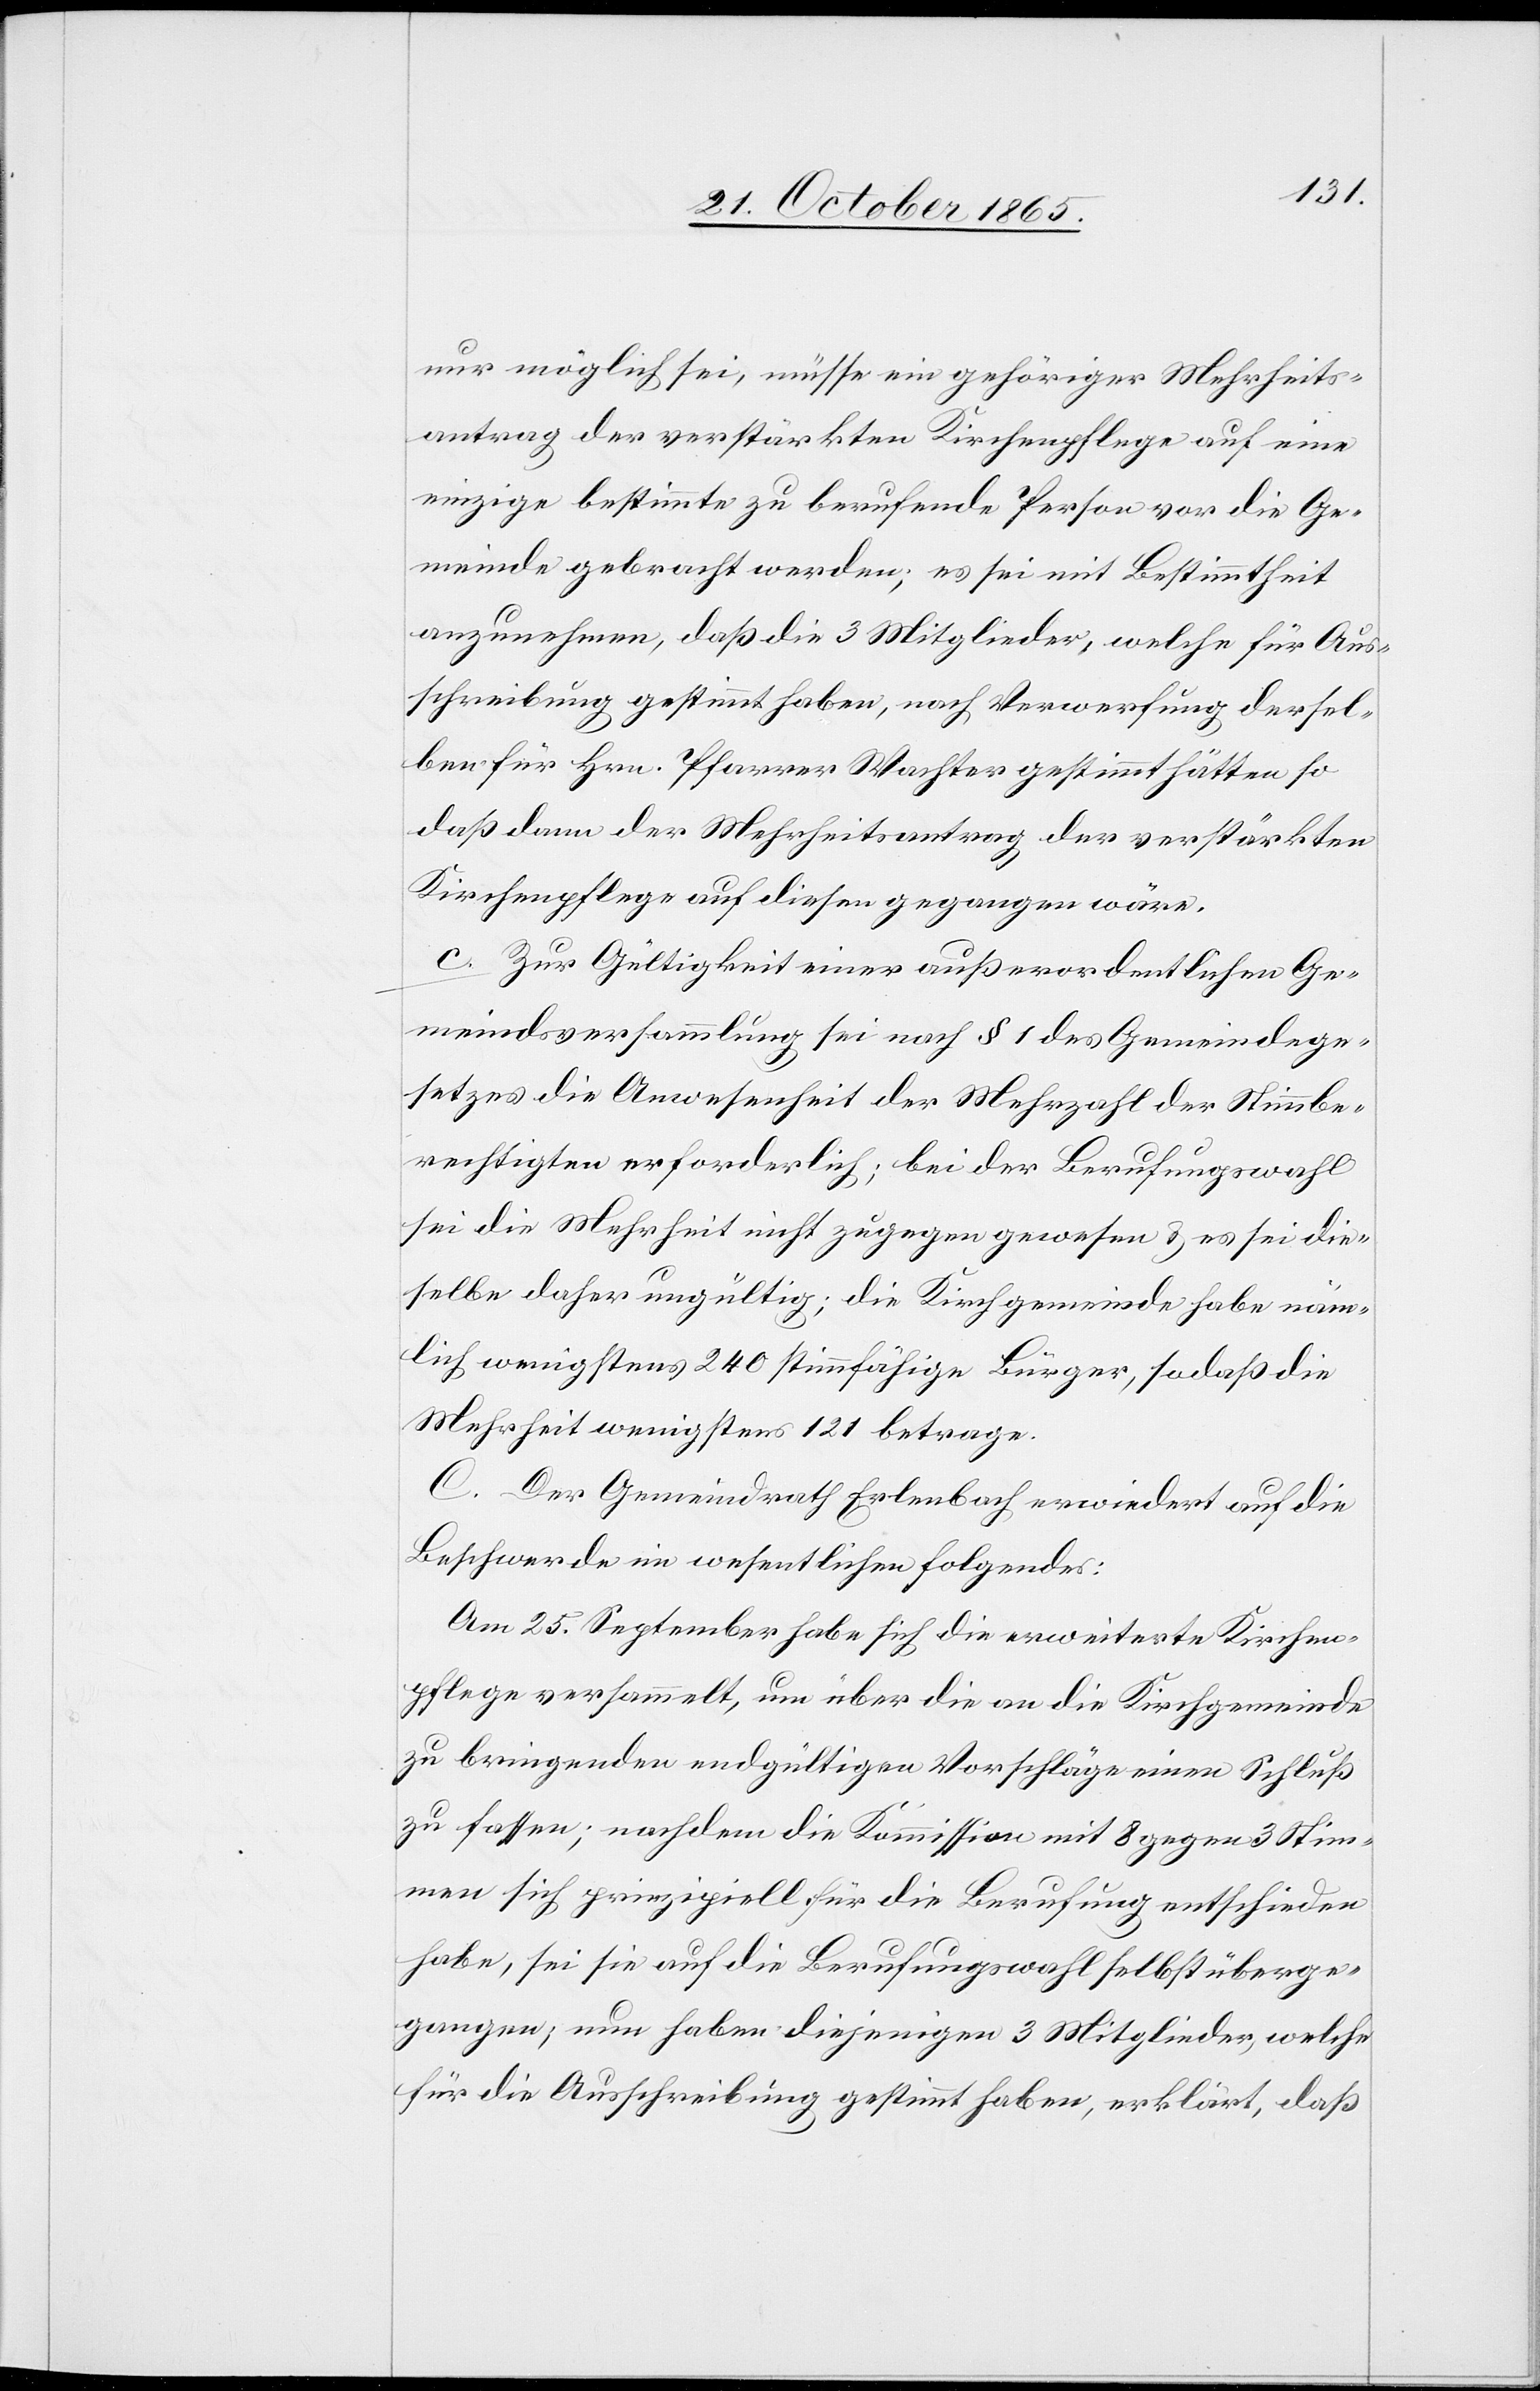
nur möglich sei, müsse ein gehöriger Mehrheits¬
antrag der verstärkten Kirchenpflege auf eine
einzige bestimmte zu berufende Person vor die Ge¬
meinde gebracht werden; es sei mit Bestimmtheit
anzunehmen, daß die 3 Mitglieder, welche für Aus¬
schreibung gestimmt haben, nach Verwerfung dersel¬
ben für Hrn. Pfarrer Wachter gestimmt hätten so
daß dann der Mehrheitsantrag der verstärkten
Kirchenpflege auf diesen gegangen wäre.
c. Zur Gültigkeit einer außerordentlichen Ge¬
meindsversammlung sei nach § 1 des Gemeindege¬
setzes die Anwesenheit der Mehrzahl der Stimmbe¬
rechtigten erforderlich; bei der Berufungswahl
sei die Mehrheit nicht zugegen gewesen & es sei die¬
selbe daher ungültig; die Kirchgemeinde habe näm¬
lich wenigstens 240 stimmfähige Bürger, sodaß die
Mehrheit wenigstens 121 betrage.
C. Der Gemeindrath Erlenbach erwiedert auf die
Beschwerde im wesentlichen Folgendes:
Am 25. September habe sich die erweiterte Kirchen¬
pflege versammelt, um über die an die Kirchgemeinde
zu bringenden endgültigen Vorschläge einen Schluß
zu fassen; nachdem die Kommission mit 8 gegen 3 Stim¬
men sich prinzipiell für die Berufung entschieden
habe, sei sie auf die Berufungswahl selbst überge¬
gangen; nun haben diejenigen 3 Mitglieder, welche
für die Ausschreibung gestimmt haben, erklärt, daß